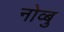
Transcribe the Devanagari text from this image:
नोव्बु